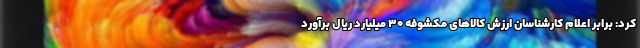
کرد: برابر اعلام کارشناسان ارزش کالاهای مکشوفه ۳۰ میلیارد ریال برآورد